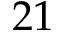
2 1